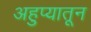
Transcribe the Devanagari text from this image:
अहुप्यातून